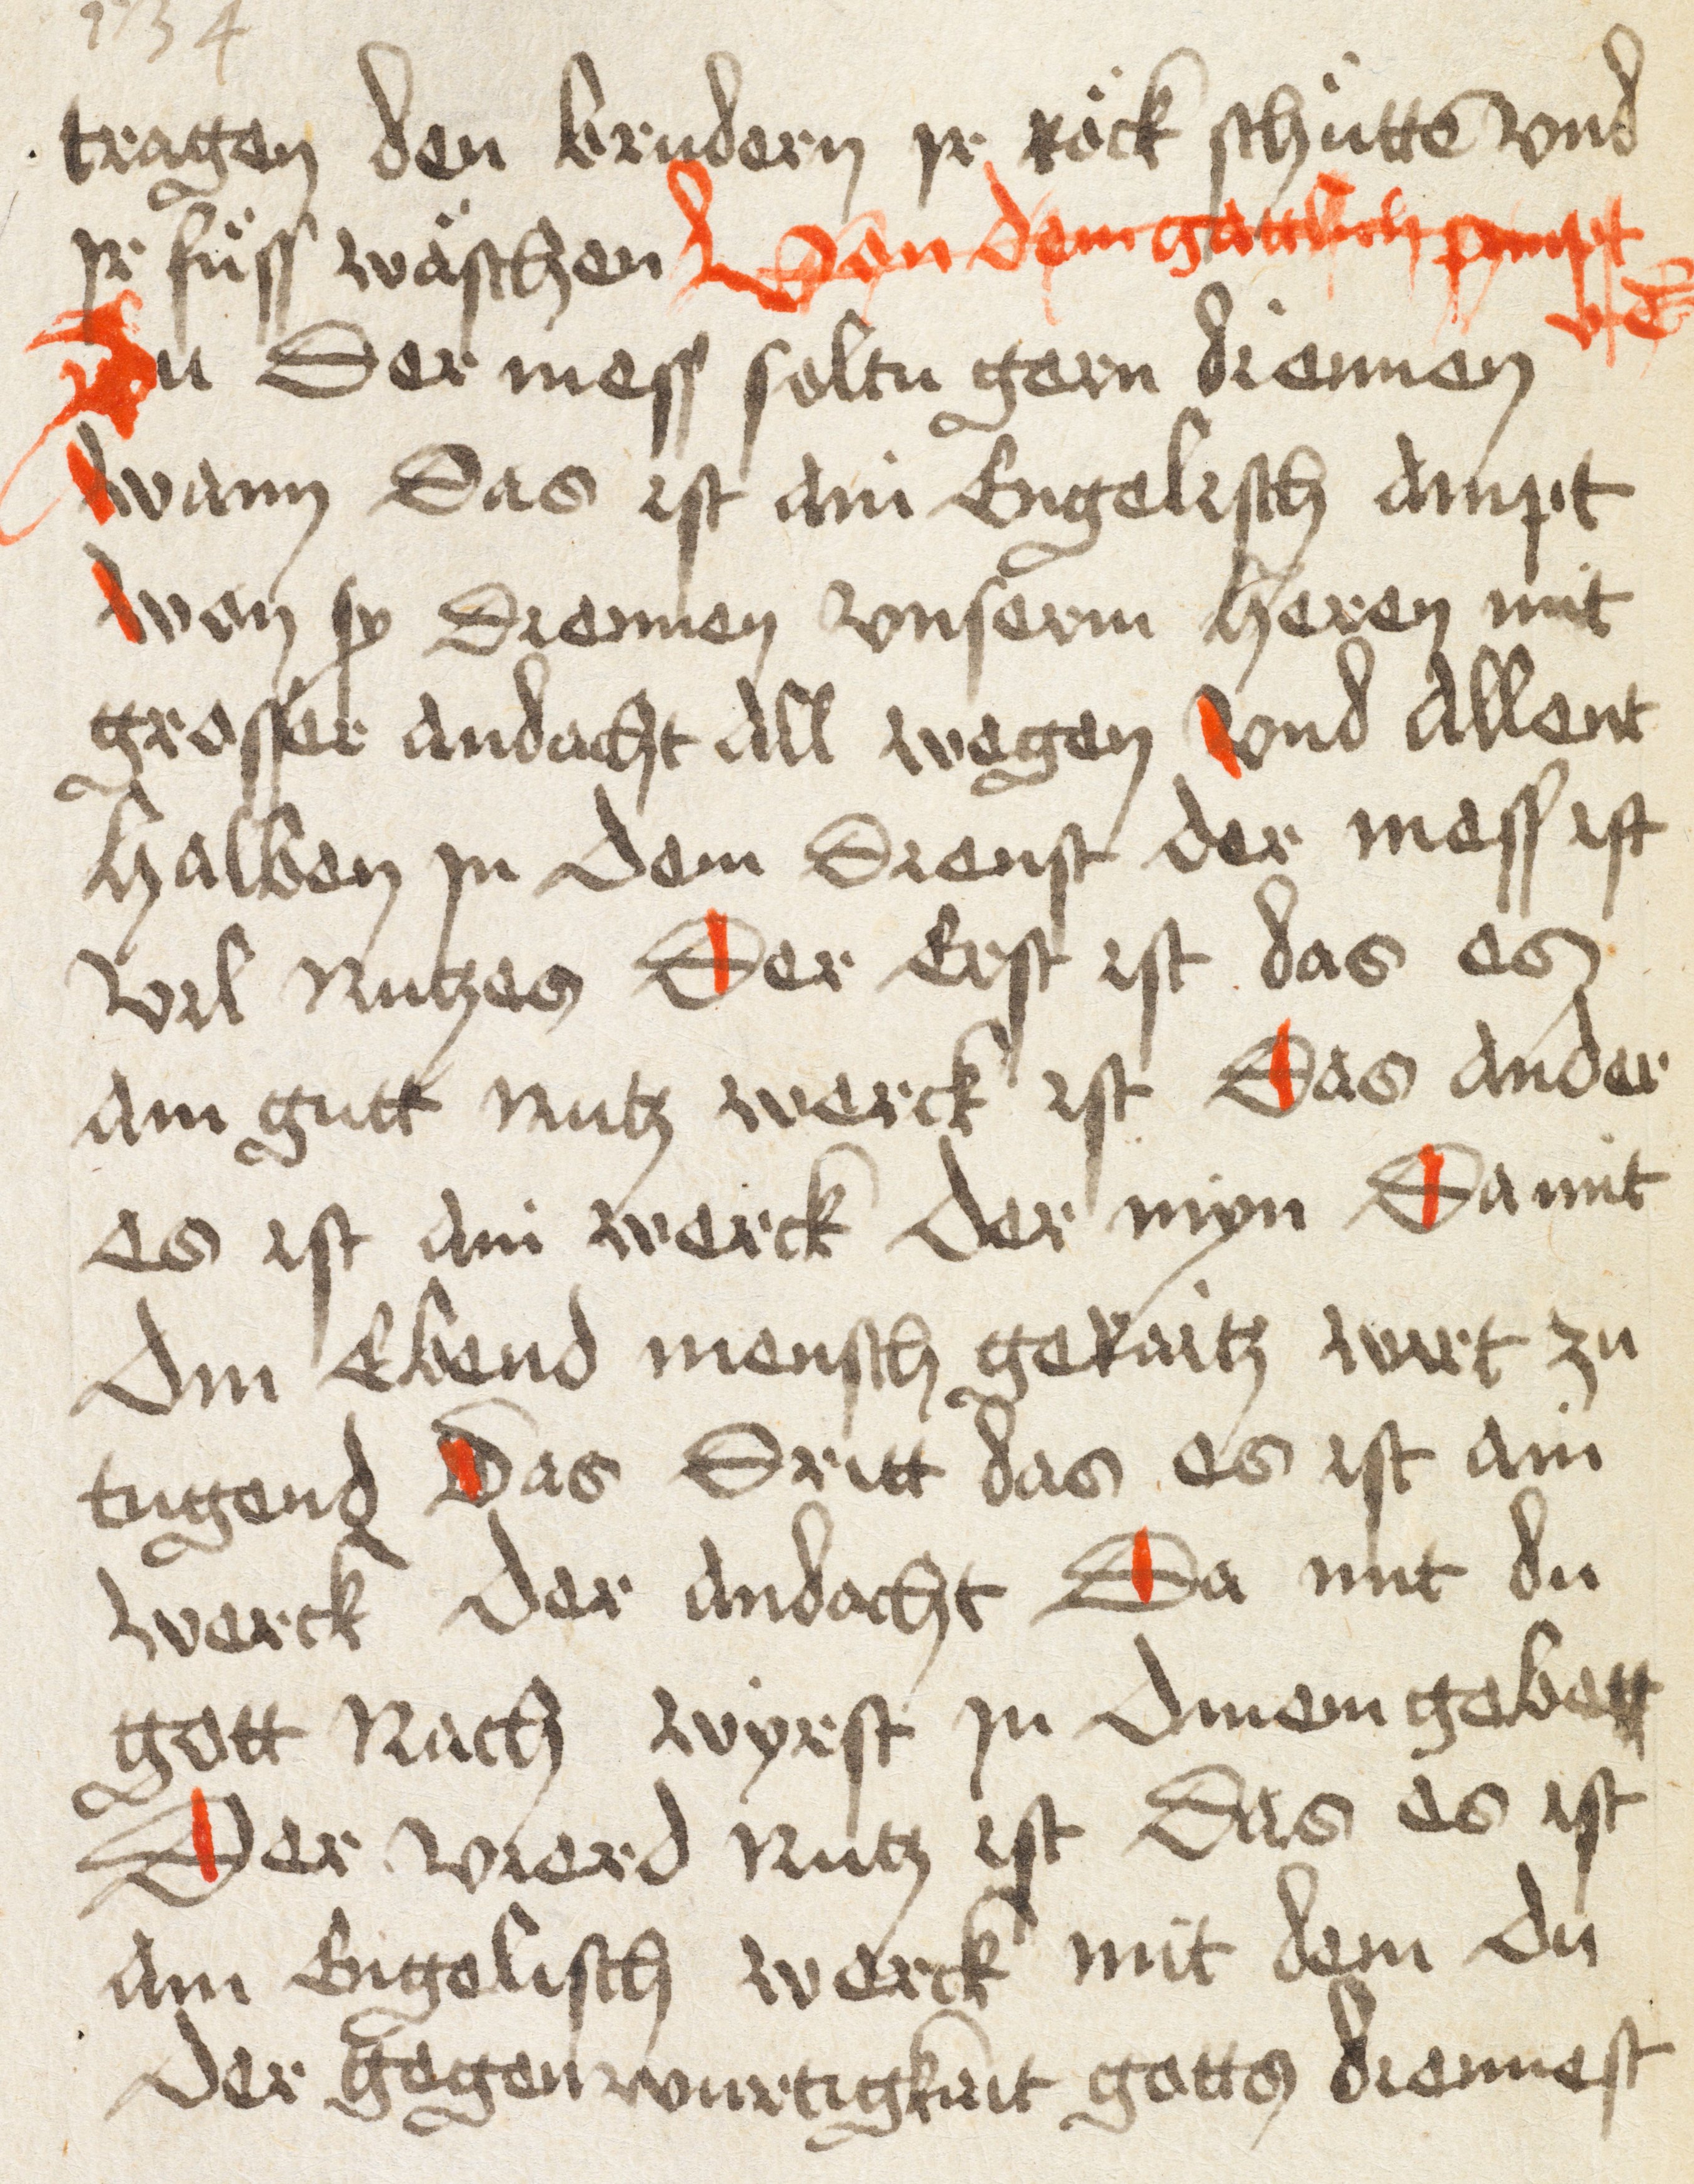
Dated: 1498–1498